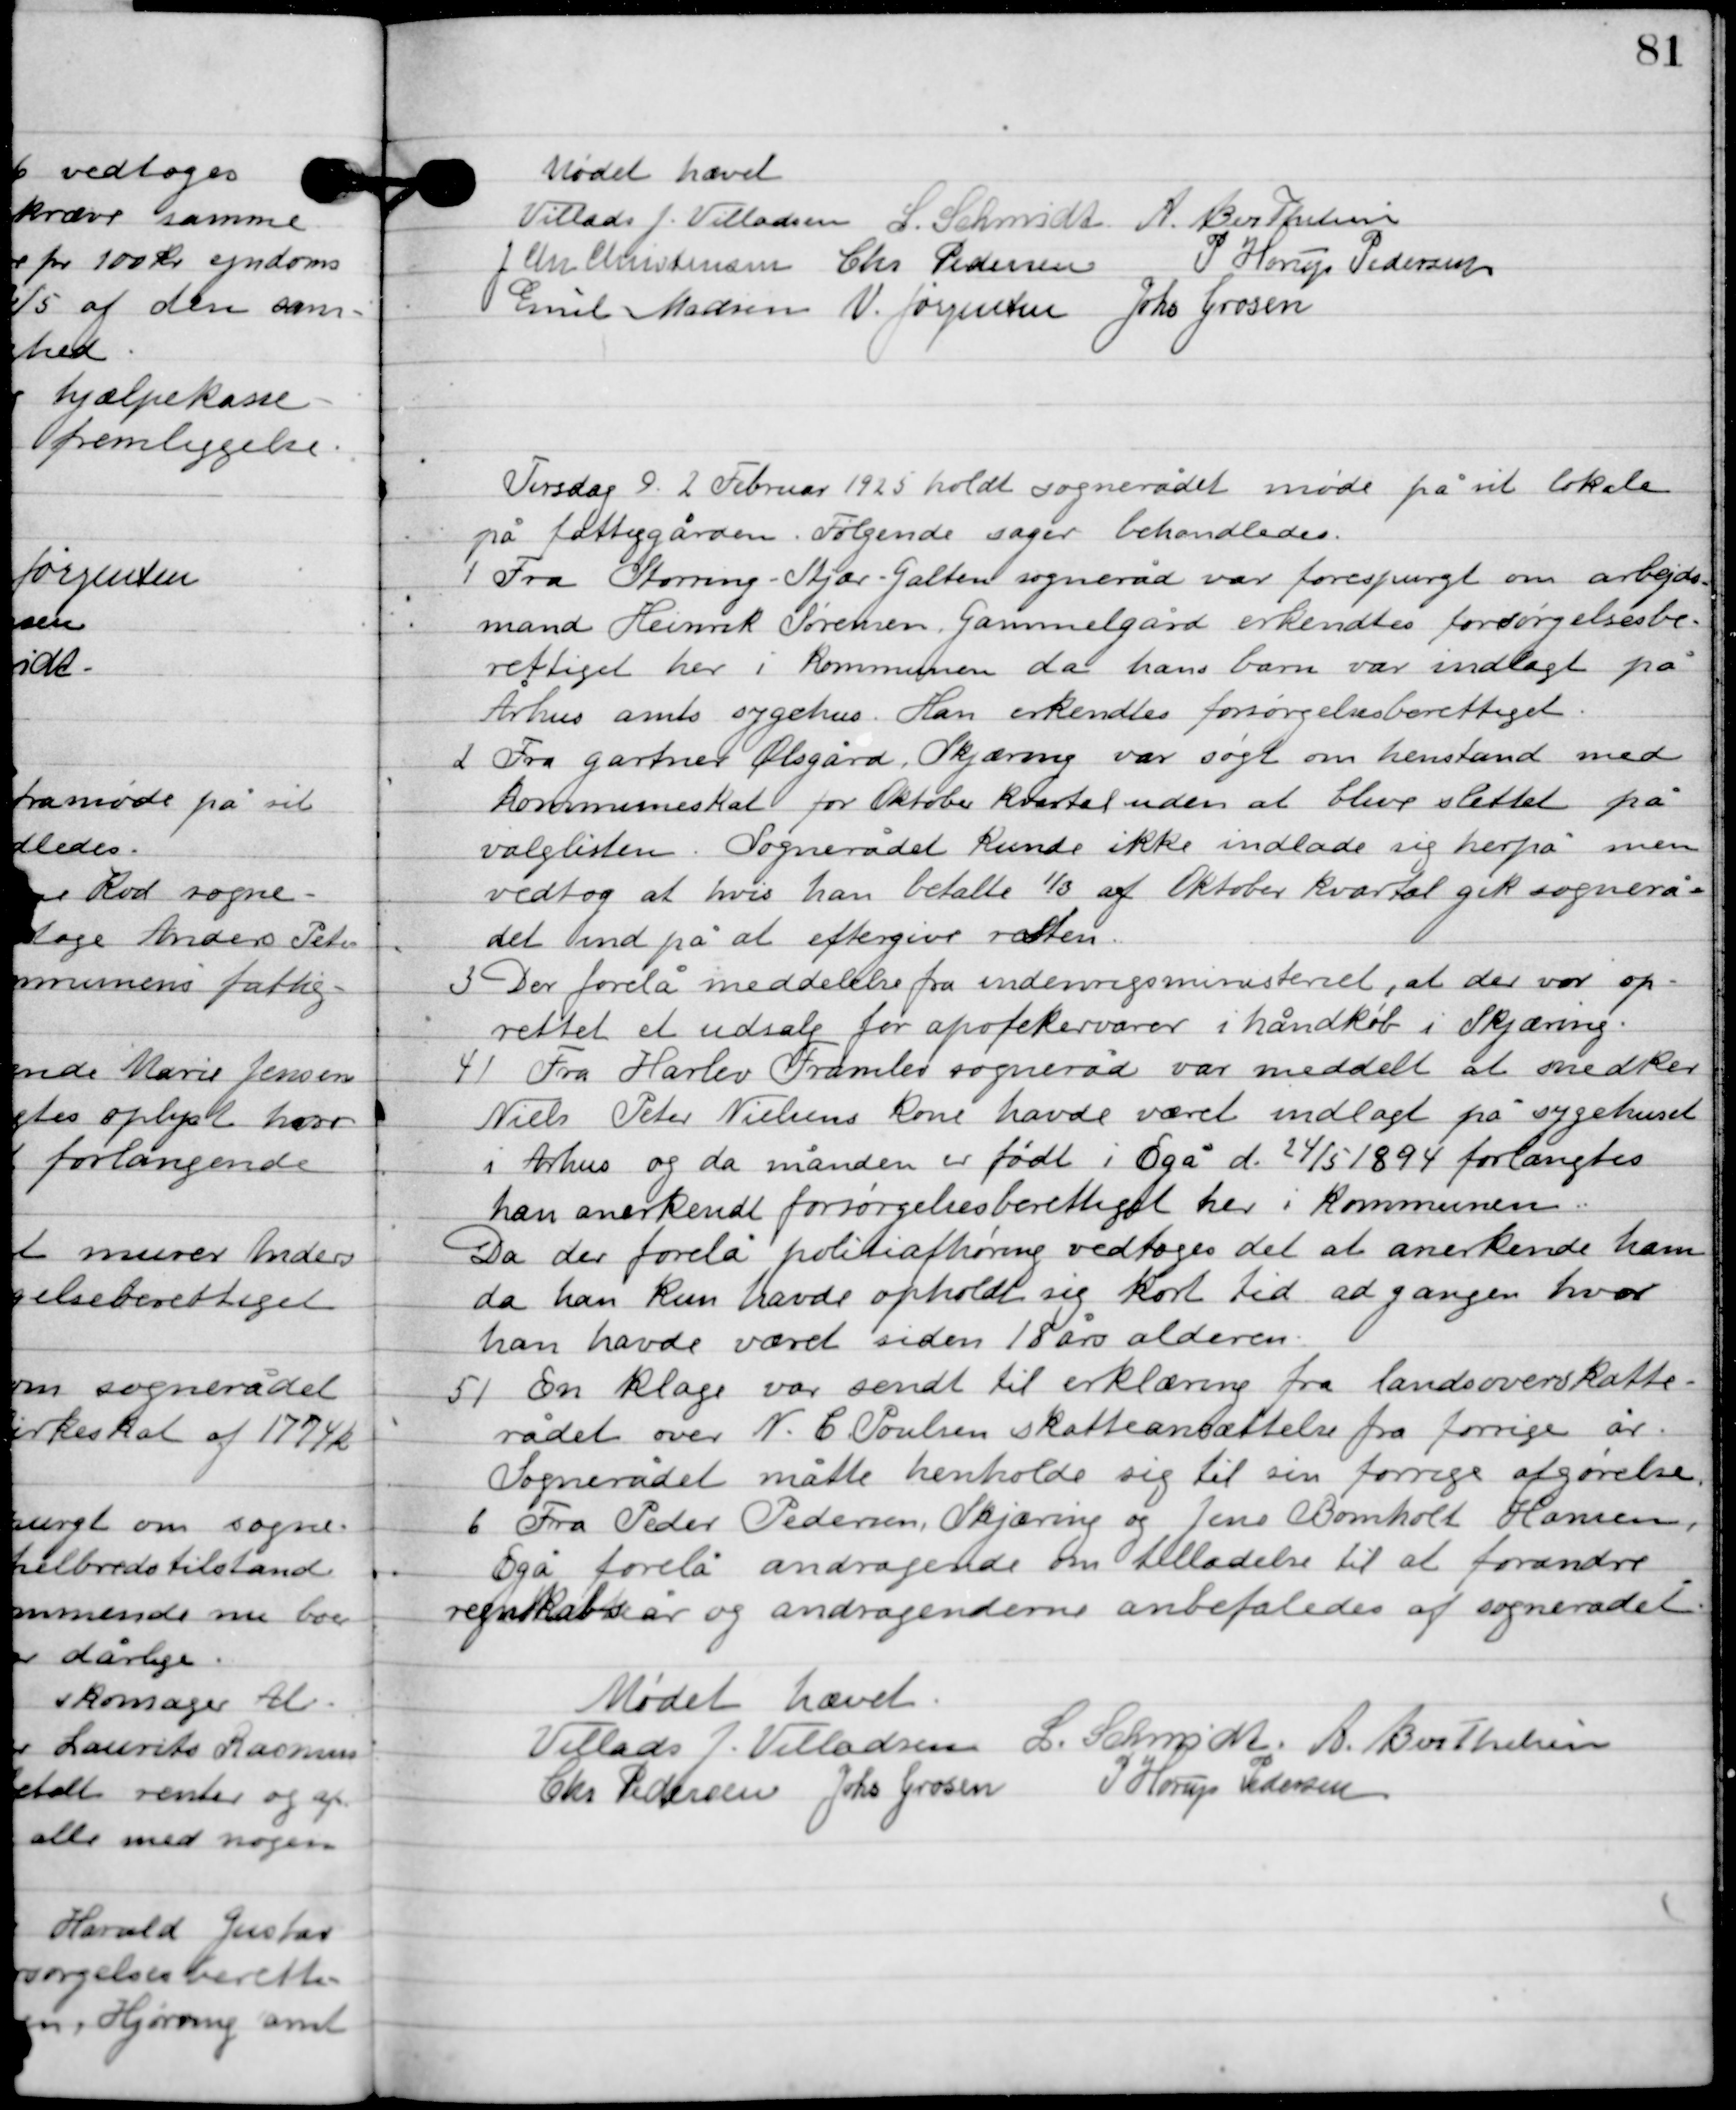
Transskription:
Mødet hævet

Villads J. Villadsen
S. Schmidt
A. Berthelsen
J. Chr. Christensen
Chr. Pedersen
P. Horup Pedersen
Emil Madsen
N. Jørgensen
Johs. Grosen

Tirsdag D. 2. Februar 1925 holdt sognerådet møde på sit lokale
 på fattiggården. Følgende sager behandledes.

1

Fra Storring-Stjær-Galten sogneråd var forespurgt om arbejds-
mand Heinrik Sørensen, Gammelgård erkendtes forsørgelsesbe-
rettiget her i kommunen, da has barn var indlagt på
Århus amts sygehus. Han erkendes forsørgelsesberettiget.

2

Fra gartner Ølsgård, Skjæring var søgt om henstand med
kommunens skat for Oktober kvartal uden at blive slettet på
 valglisten. Sognerådet kunne ikke indlade sig herpå men
vedtog at hvis han betalte 1/3 af Oktober kvartal gik sognerå-
det ind på at eftergive resten.

3

Der forelå meddelelse fra indenrigsministeriet, at der var op-
rettet et udsalg for apotekervarer i håndkøb i Skjæring.

4

Fra Harlev Fremlev sogneråd var meddelt at snedker
Niels Peter Nielsens kone havde været indlagt på syghuset
i Århus og da manden er født i Egå d. 24/5 1894 forlangtes
han anerkendt forsørgelsesberettiget her i kommunen.
Da der forelå politiafhøring vedtoges det at anerkende ham
da han kun havde opholdt sig kort tid ad gangen hvor
 han havde været siden 18 års alderen.

5

En klage var sendt til erklæring fra landsoverskatte-
rådet over N. C. Poulsen skatteansættelse fra forrige år.
Sognerådet måtte henholde sig til sin forrige afgørelse.

6

Fra Peder Pedersen Skjæring og Jens Bomholt Hansen,
Egå forelå andragende om tilladelse til at forandre
regnskabsår og andragenderne anbefaledes af sognerådet.

Mødet hævet

Villads J. Villadsen
L. Schmidt
A. Berthelsen
Chr. Pedersen
Johs. Grosen
P. Horup Pedersen